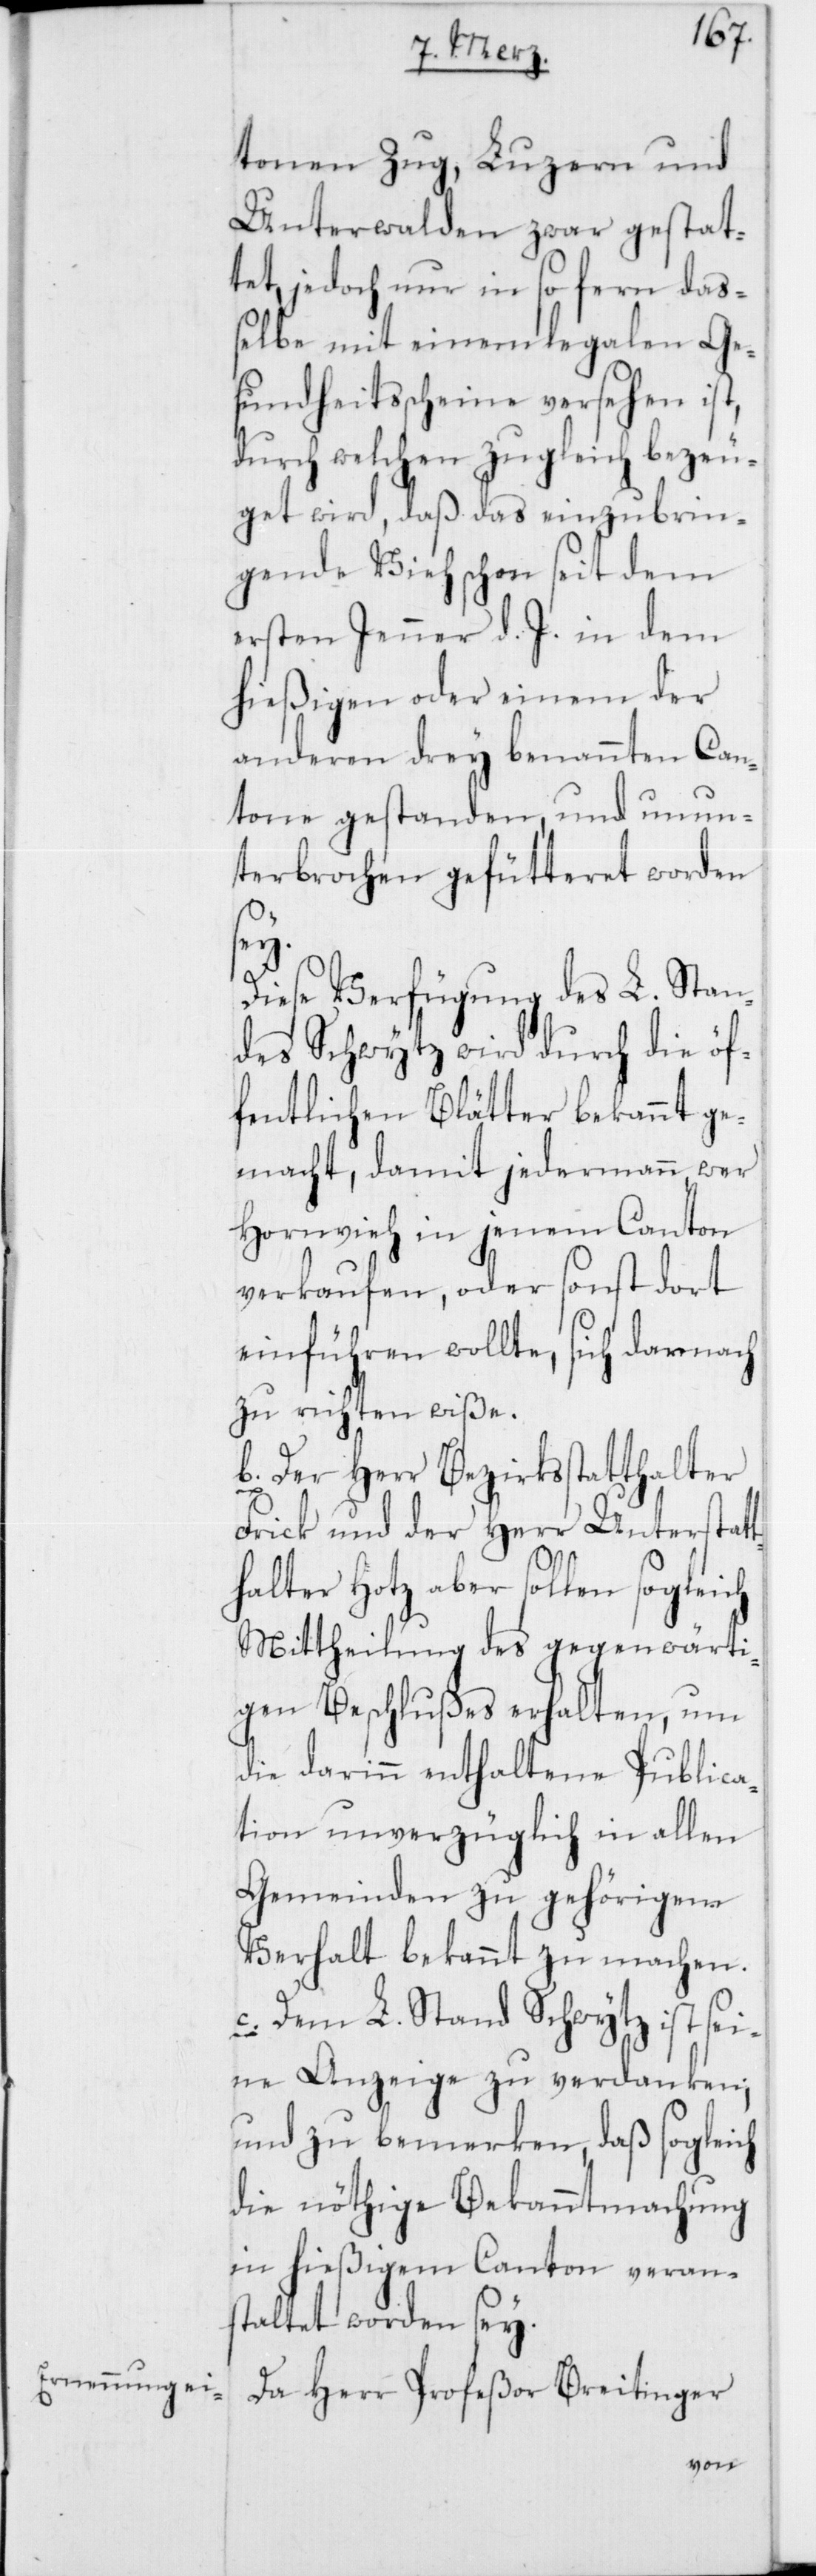
tonen Zug, Luzern und
Unterwalden zwar gestat¬
tet, jedoch nur in so fern daß¬
elbe mit einem legalen Ge¬
sundheitsscheine versehen ist,
durch welchen zugleich bezeu¬
get wird, daß das einzubrin¬
gende Vieh schon seit dem
ersten Jenner d. J. in dem
hießigen oder einem der
anderen drey benannten Can¬
tone gestanden, und unun¬
terbrochen gefütteret worden
sey.
Diese Verfügung des L. Stan¬
des Schwytz wird durch die öf¬
fentlichen Blätter bekannt ge¬
macht, damit jedermann, wer
Hornvieh in jenem Canton
verkaufen, oder sonst dort
einführen wollte, sich darnach
zu richten wiße.
b. Der Herr Bezirksstatthalter
Frick und der Herr Unterstatt¬
halter Hotz aber sollen sogleich
Mittheilung des gegenwärti¬
gen Beschlußes erhalten, um
die darinn enthaltene Publica¬
tion unverzüglich in allen
Gemeinden zu gehörigem
Verhalt bekannt zu machen.
c. Dem L. Stand Schwytz ist sei¬
ne Anzeige zu verdanken;
und zu bemerken, daß sogleich
die nöthige Bekanntmachung
in hießigem Canton verans¬
taltet worden sey.
Da Herr Profeßor Breitinger